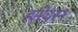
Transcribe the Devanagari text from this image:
हरिचरन